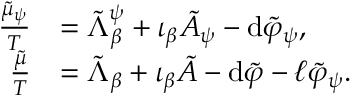
\begin{array} { r l } { \frac { \tilde { \mu } _ { \psi } } { T } } & { = \tilde { \Lambda } _ { \beta } ^ { \psi } + \iota _ { \beta } \tilde { A } _ { \psi } - \mathrm { d } \tilde { \varphi } _ { \psi } , } \\ { \frac { \tilde { \mu } } { T } } & { = \tilde { \Lambda } _ { \beta } + \iota _ { \beta } \tilde { A } - \mathrm { d } \tilde { \varphi } - \ell \tilde { \varphi } _ { \psi } . } \end{array}